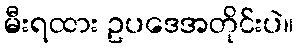
မီးရထား ဥပဒေအတိုင်းပဲ။